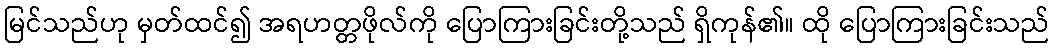
မြင်သည်ဟု မှတ်ထင်၍ အရဟတ္တဖိုလ်ကို ပြောကြားခြင်းတို့သည် ရှိကုန်၏။ ထို ပြောကြားခြင်းသည်